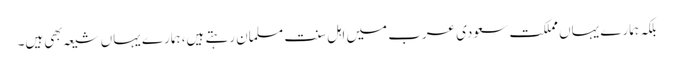
بلکہ ہمارے یہاں مملکت سعودی عرب میں اہل سنت مسلمان رہتے ہیں، ہمارے یہاں شیعہ بهی ہیں۔